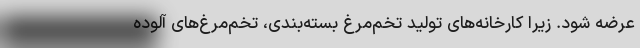
عرضه شود. زیرا کارخانه‌های تولید تخم‌مرغ بسته‌بندی، تخم‌‌مرغ‌های آلوده